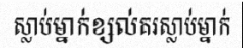
ស្លាប់ម្នាក់ខ្សល់គរស្លាប់ម្នាក់